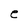
Character: e